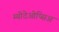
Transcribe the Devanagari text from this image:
म्योदेओप्सिअ